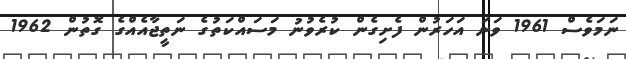
ނަމަވެސް 1961 ވަނަ އަހަރުން ފެށިގެން ކުރެވުނު މަސައްކަތުގެ ނަތީޖާއެއްގެ ގޮތުން 1962